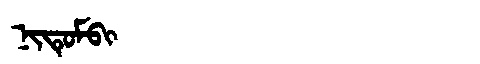
Manchu: ᠨᡳᡨᡠᠮᠪᡳ
Romanization: NITUMBI